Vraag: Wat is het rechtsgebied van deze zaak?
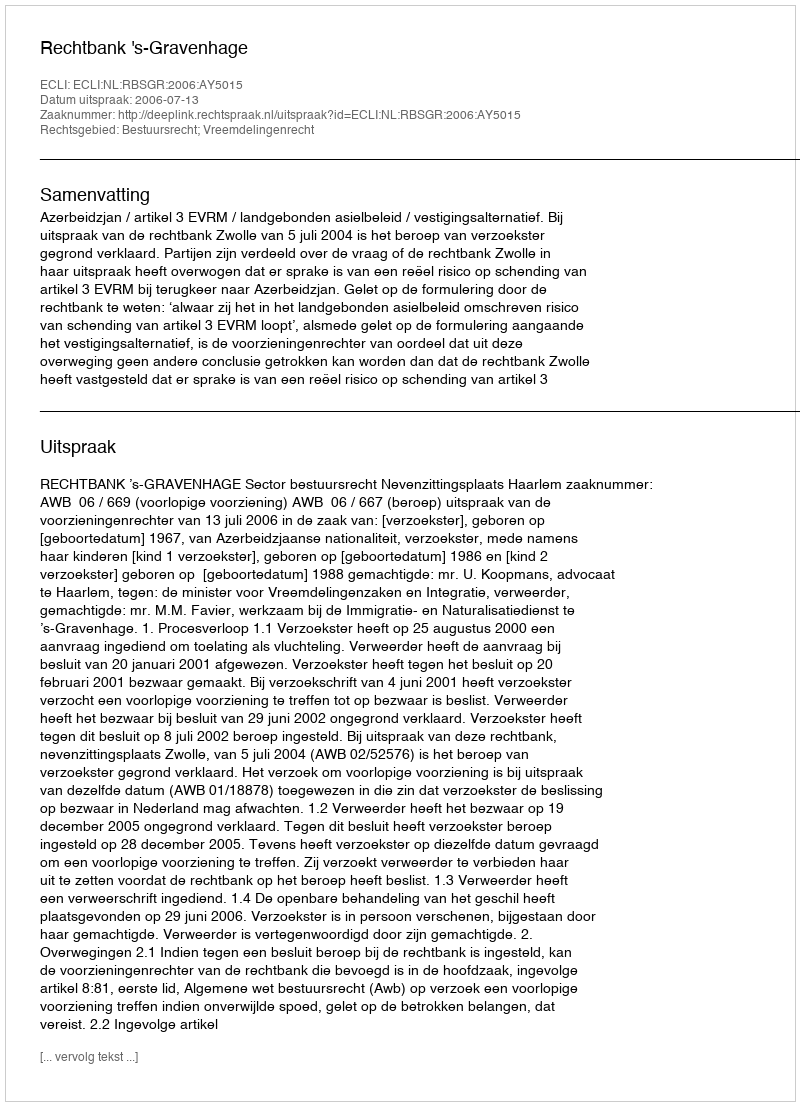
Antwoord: Bestuursrecht; Vreemdelingenrecht